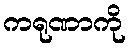
ကရုဏာကို